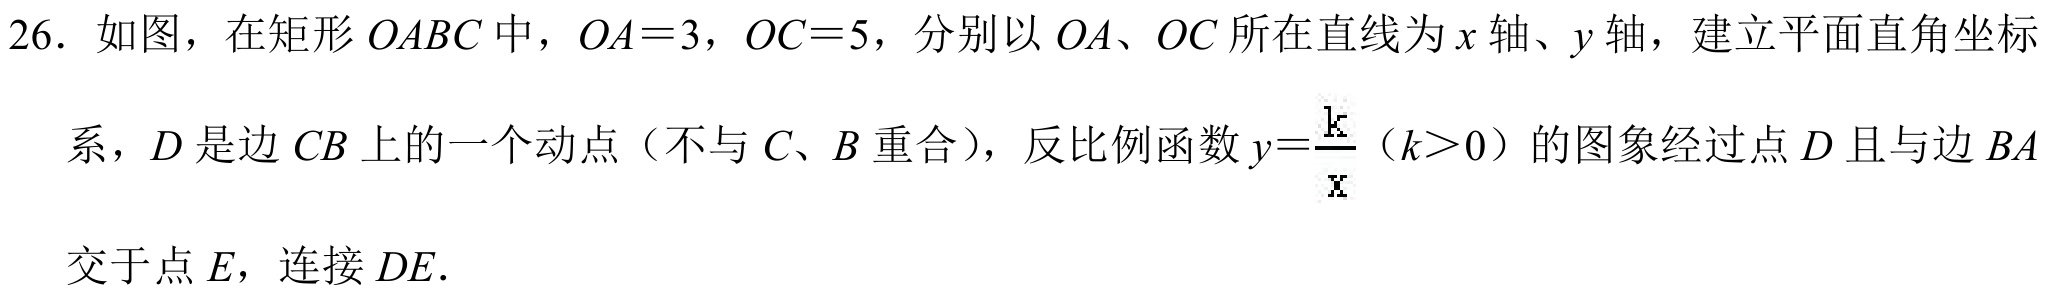
26. 如图，在矩形\(OABC\)中，\(OA = 3\)，\(OC = 5\)，分别以\(OA\)、\(OC\)所在直线为\(x\)轴、\(y\)轴，建立平面直角坐标系，\(D\)是边\(CB\)上的一个动点（不与\(C\)、\(B\)重合），反比例函数\(y = \frac{k}{x}\)（\(k>0\)）的图象经过点\(D\)且与边\(BA\)交于点\(E\)，连接\(DE\).